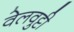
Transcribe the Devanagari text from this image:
वेलवुट्टी